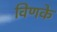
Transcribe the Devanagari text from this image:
विणके